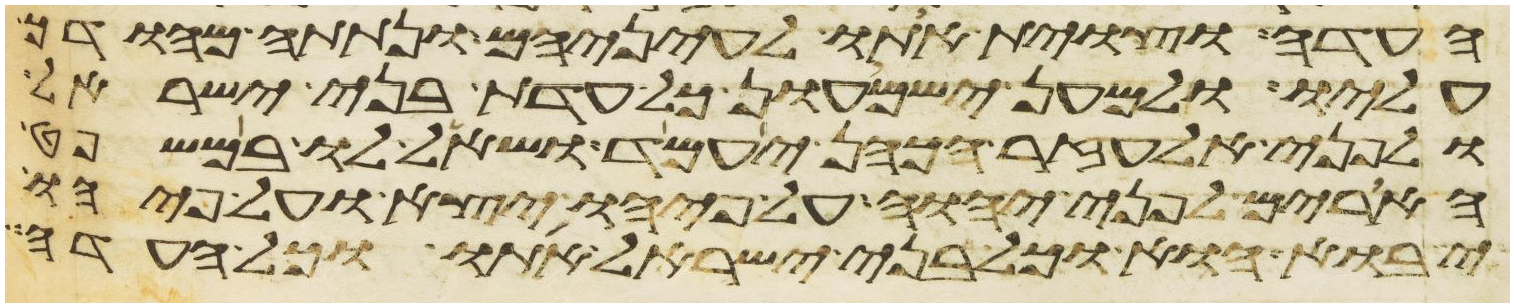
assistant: העדה וצוית אתו לעיניהם ונתתה מהודך
עליו ולמען ישמעון כל עדת בני ישראל
ולפני אלעזר הכהן יעמד ושאל לו במשפט
הארים לפני יהוה על פיהו יצא ועל פיהו
יבוא הוא וכל בני ישראל אתו וכל העדה